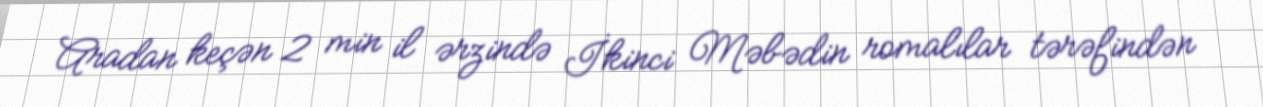
Aradan keçən 2 min il ərzində İkinci Məbədin romalılar tərəfindən